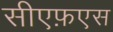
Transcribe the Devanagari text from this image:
सीएफ़एस